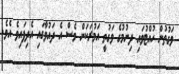
ވަގުތުން ހުއްޓުވައި ދިނުމުގެ ވަގުތީ އަމުރަކަށް ވެސް އެ ދައުވާގައި އެދިފައިވެ އެވެ.